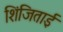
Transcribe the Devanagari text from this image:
शिंजिताई